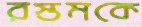
রস্তমকে